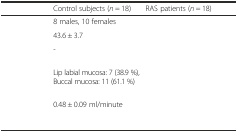
<table><thead><tr><td>[EMPTY_CELL]</td><td><b>Control subjects (<i>n</i> = 18)</b></td><td><b>RAS patients (<i>n</i> = 18)</b></td></tr></thead><tbody><tr><td>[EMPTY_CELL]</td><td>8 males, 10 females</td><td>[EMPTY_CELL]</td></tr><tr><td>[EMPTY_CELL]</td><td>43.6 ± 3.7</td><td>[EMPTY_CELL]</td></tr><tr><td>[EMPTY_CELL]</td><td>-</td><td>[EMPTY_CELL]</td></tr><tr><td>[EMPTY_CELL]</td><td>Lip labial mucosa: 7 (38.9 %), Buccal mucosa: 11 (61.1 %)</td><td>[EMPTY_CELL]</td></tr><tr><td>[EMPTY_CELL]</td><td>0.48 ± 0.09 ml/minute</td><td>[EMPTY_CELL]</td></tr></tbody></table>